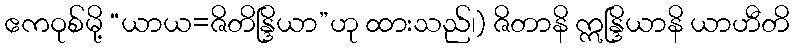
ဧကဝုစ်မို့ “ယာယ=ဇိတိန္ဒြိယာ”ဟု ထားသည်၊) ဇိတာနိ ဣန္ဒြိယာနိ ယာဟီတိ